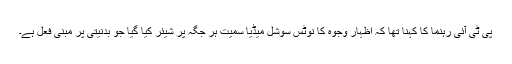
پی ٹی آئی رہنما کا کہنا تھا کہ اظہار وجوہ کا نوٹس سوشل میڈیا سمیت ہر جگہ پر شیئر کیا گیا جو بدنیتی پر مبنی فعل ہے۔